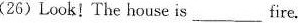
(26)Look!The house is ___ fire.